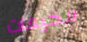
مخيمات